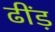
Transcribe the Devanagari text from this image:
ढींड़